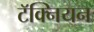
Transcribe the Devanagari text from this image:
टॅक्नियन